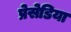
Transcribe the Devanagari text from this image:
प्रेसेडिया